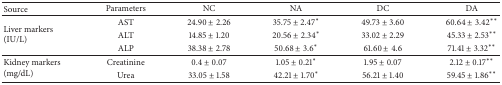
<table><thead><tr><td><b> Source</b></td><td><b> Parameters</b></td><td><b> NC</b></td><td><b> NA</b></td><td><b> DC</b></td><td><b> DA</b></td></tr></thead><tbody><tr><td rowspan="3">Liver markers(IU/L)</td><td>AST</td><td>24.90 ± 2.26</td><td>35.75 ± 2.47∗</td><td>49.73 ± 3.60</td><td>60.64 ± 3.42∗∗</td></tr><tr><td>ALT</td><td>14.85 ± 1.20</td><td>20.56 ± 2.34∗</td><td>33.02 ± 2.29</td><td>45.33 ± 2.53∗∗</td></tr><tr><td>ALP</td><td>38.38 ± 2.78</td><td>50.68 ± 3.6∗</td><td>61.60 ± 4.6</td><td>71.41 ± 3.32∗∗</td></tr><tr><td rowspan="2">Kidney markers(mg/dL)</td><td>Creatinine</td><td>0.4 ± 0.07</td><td>1.05 ± 0.21∗</td><td>1.95 ± 0.07</td><td>2.12 ± 0.17∗∗</td></tr><tr><td>Urea</td><td>33.05 ± 1.58</td><td>42.21 ± 1.70∗</td><td>56.21 ± 1.40</td><td>59.45 ± 1.86∗∗</td></tr></tbody></table>